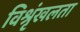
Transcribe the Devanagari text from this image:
विश्रृंखलता